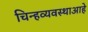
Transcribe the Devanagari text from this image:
चिन्हव्यवस्थाआहे